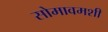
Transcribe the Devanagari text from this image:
सोमावमशी